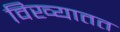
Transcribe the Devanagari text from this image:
विख्यातत